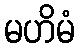
မဟိမံ